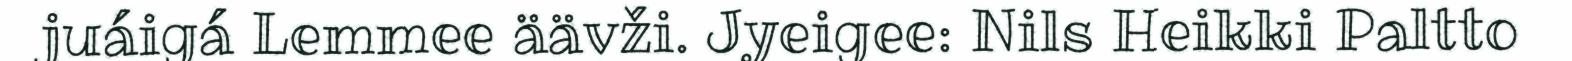
juáigá Lemmee äävži. Jyeigee: Nils Heikki Paltto